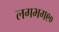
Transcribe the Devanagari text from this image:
लगभग९०